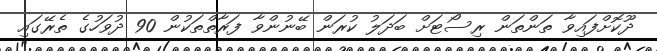
ދޫކޮށްފައިވާ ތަންތަން ރިސޯޓަށް ބަދަލު ކުރަން ބޭނުންވާ ފަރާތްތަކުން 90 ދުވަހުގެ ތެރޭގައި